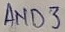
Text: AND3